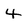
Character: 4